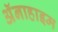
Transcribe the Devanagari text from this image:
अॅनाहाइम